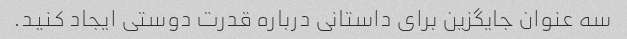
سه عنوان جایگزین برای داستانی درباره قدرت دوستی ایجاد کنید.